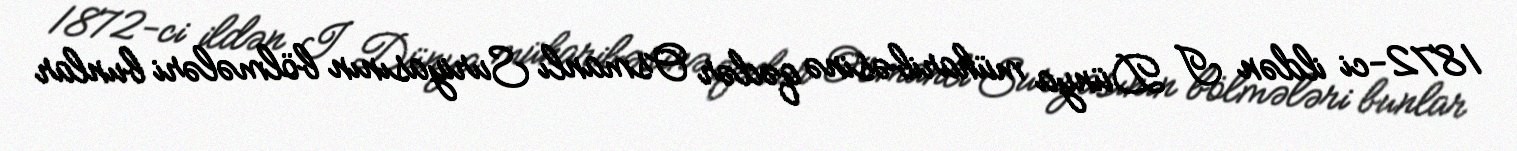
1872-ci ildən I Dünya müharibəsinə qədər Osmanlı Suriyasının bölmələri bunlar